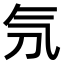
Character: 𣱕